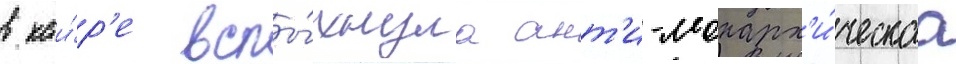
в каи́р'е вспы́хнула ант'и-монарх'и́ческаа